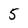
Character: 5